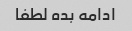
ادامه بده لطفا